Madras plague regulations and rules - Volume 2
Disease focus: Plague
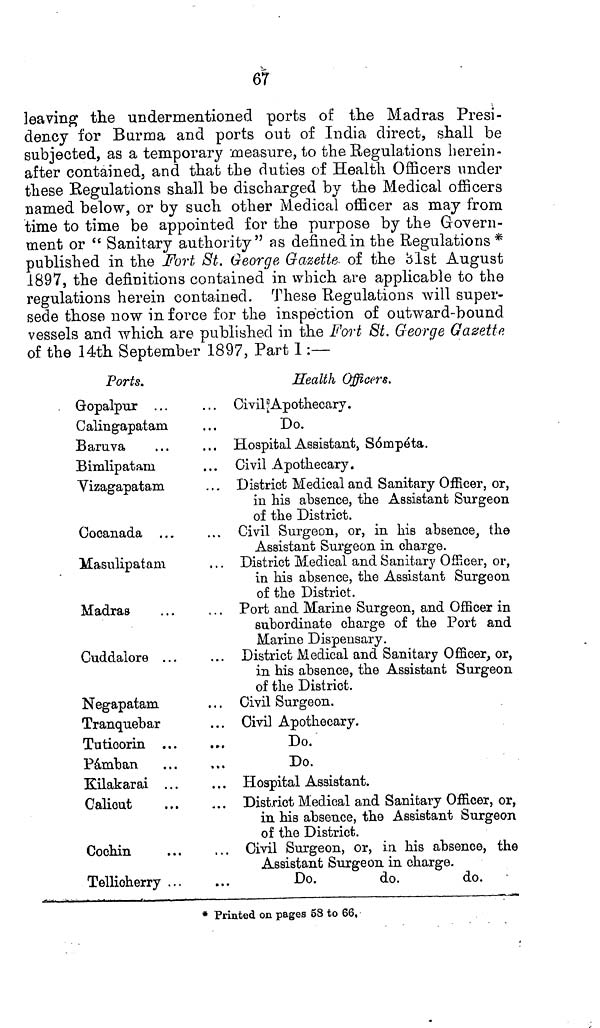
67
leaving the undermentioned ports of the Madras Presi-
dency for Burma and ports out of India direct, shall be
subjected, as a temporary measure, to the Regulations herein-
after contained, and that the duties of Health Officers under
these Regulations shall be discharged by the Medical officers
named below, or by such other Medical officer as may from
time to time be appointed for the purpose by the Govern-
ment or "Sanitary authority" as defined in the Regulations *
published in the Fort St. George Gazette of the 31st August
1897, the definitions contained in which are applicable to the
regulations herein contained. These Regulations will super-
sede those now in force for the inspection of outward-bound
vessels and which are published in the Fort St. George Gazette
of the 14th September 1897, Part I:—
Ports.
Gopalpur ...
Calingapatam
Baruva
Bimlipatam
Vizagapatam
Cocanada
Masulipatam
Madras
Cuddalore ...
Negapatam
Tranquebar
Tuticorin ...
Pámban
Kilakarai ...
Calicut
Cochin
Tellicherry ...
Health Officers.
Civil Apothecary.
Do.
Hospital Assistant, Sómpéta.
Civil Apothecary.
District Medical and Sanitary Officer, or,
in his absence, the Assistant Surgeon
of the District.
Civil Surgeon, or, in his absence, the
Assistant Surgeon in charge.
District Medical and Sanitary Officer, or,
in his absence, the Assistant Surgeon
of the District.
Port and Marine Surgeon, and Officer in
subordinate charge of the Port and
Marine Dispensary.
District Medical and Sanitary Officer, or,
in his absence, the Assistant Surgeon
of the District.
Civil Surgeon.
Civil Apothecary.
Do.
Do.
Hospital Assistant.
District Medical and Sanitary Officer, or,
in his absence, the Assistant Surgeon
of the District.
Civil Surgeon, or, in his absence, the
Assistant Surgeon in charge.
Do.
do.
do.
* Printed on pages 58 to 66,